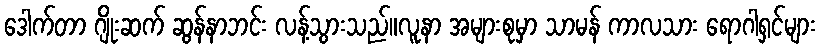
ဒေါက်တာ ဂျိုးဆက် ဆွန်နာဘင်း လန့်သွားသည်။လူနာ အများစုမှာ သာမန် ကာလသား ရောဂါရှင်များ